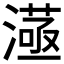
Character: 𣾛